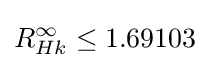
R_{Hk}^{\infty }\leq 1.69103